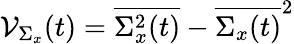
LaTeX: {\cal V}_{\Sigma_{x}}(t)=\overline{{\Sigma_{x}^{2}(t)}}-\overline{{\Sigma_{x}(t)}}^{2}